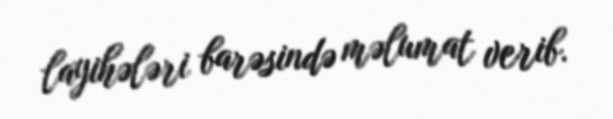
layihələri barəsində məlumat verib.